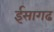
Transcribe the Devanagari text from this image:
ईसागढ